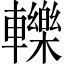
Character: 轢